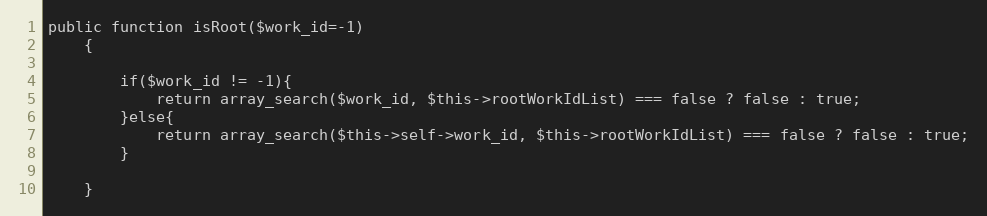
Language: PHP
public function isRoot($work_id=-1)
	{

		if($work_id != -1){
			return array_search($work_id, $this->rootWorkIdList) === false ? false : true;
		}else{
			return array_search($this->self->work_id, $this->rootWorkIdList) === false ? false : true;
		}

	}